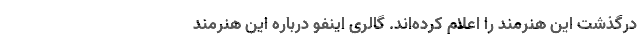
درگذشت این هنرمند را اعلام کرده‌اند. گالری اینفو درباره این هنرمند